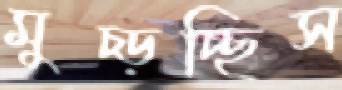
মুচ্‌ড়চ্ছিস